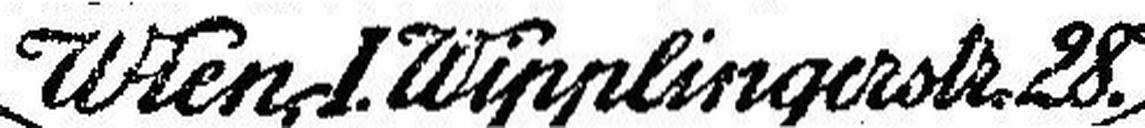
Wien, I. Wipplingerstr. 28.